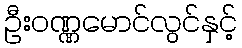
ဦးဝဏ္ဏမောင်လွင်နှင့်